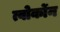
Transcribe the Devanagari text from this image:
त्वोर्कोन